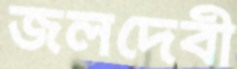
জলদেবী